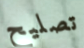
تصليح